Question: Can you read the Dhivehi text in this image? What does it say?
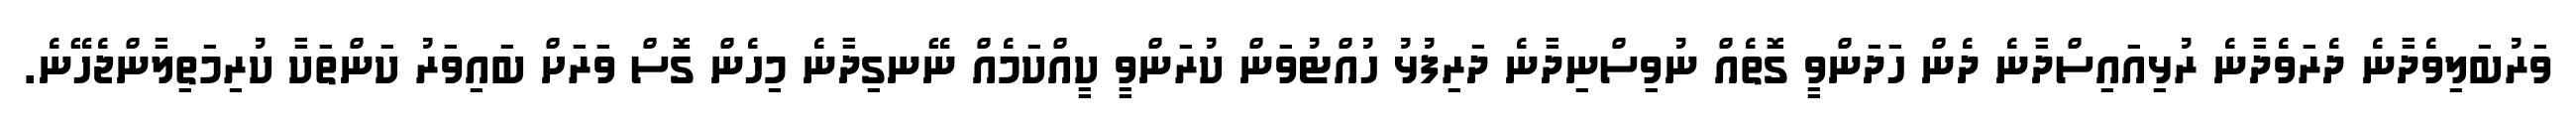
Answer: ވަރުބަލިވެދާނެ ދެރަވެދާނެ ރުޅިއައިސްދާނެ ދެން ހަދަންވީ ގޮތެއް ނުވިސްނިދާނެ ދަރިފުޅު ހުއްޓުވަން ކުރަންވީ ކީއްކަމެއް ނޭނގިދާނެ މިހެން ގޮސް ވަރަށް ބައިވަރު ކަންތަކާ ކުރިމަތިލާންޖެހޭނެ.